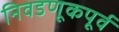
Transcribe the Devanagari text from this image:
निवडणूकपूर्व